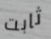
ثابت